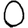
Digit: 0